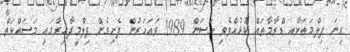
ގިނަ ފިލްމަތަކާއި ޑްރާމާތައް ކުޅުއްވެވި ހަސަން 1989 ވައަހަރުން ފެށިގެން ފިލްމީދާއިރާގައި މަސައްކަތް